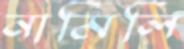
নামিলি